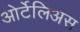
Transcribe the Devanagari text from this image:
ओर्टेलिअस